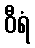
ဝီရံ